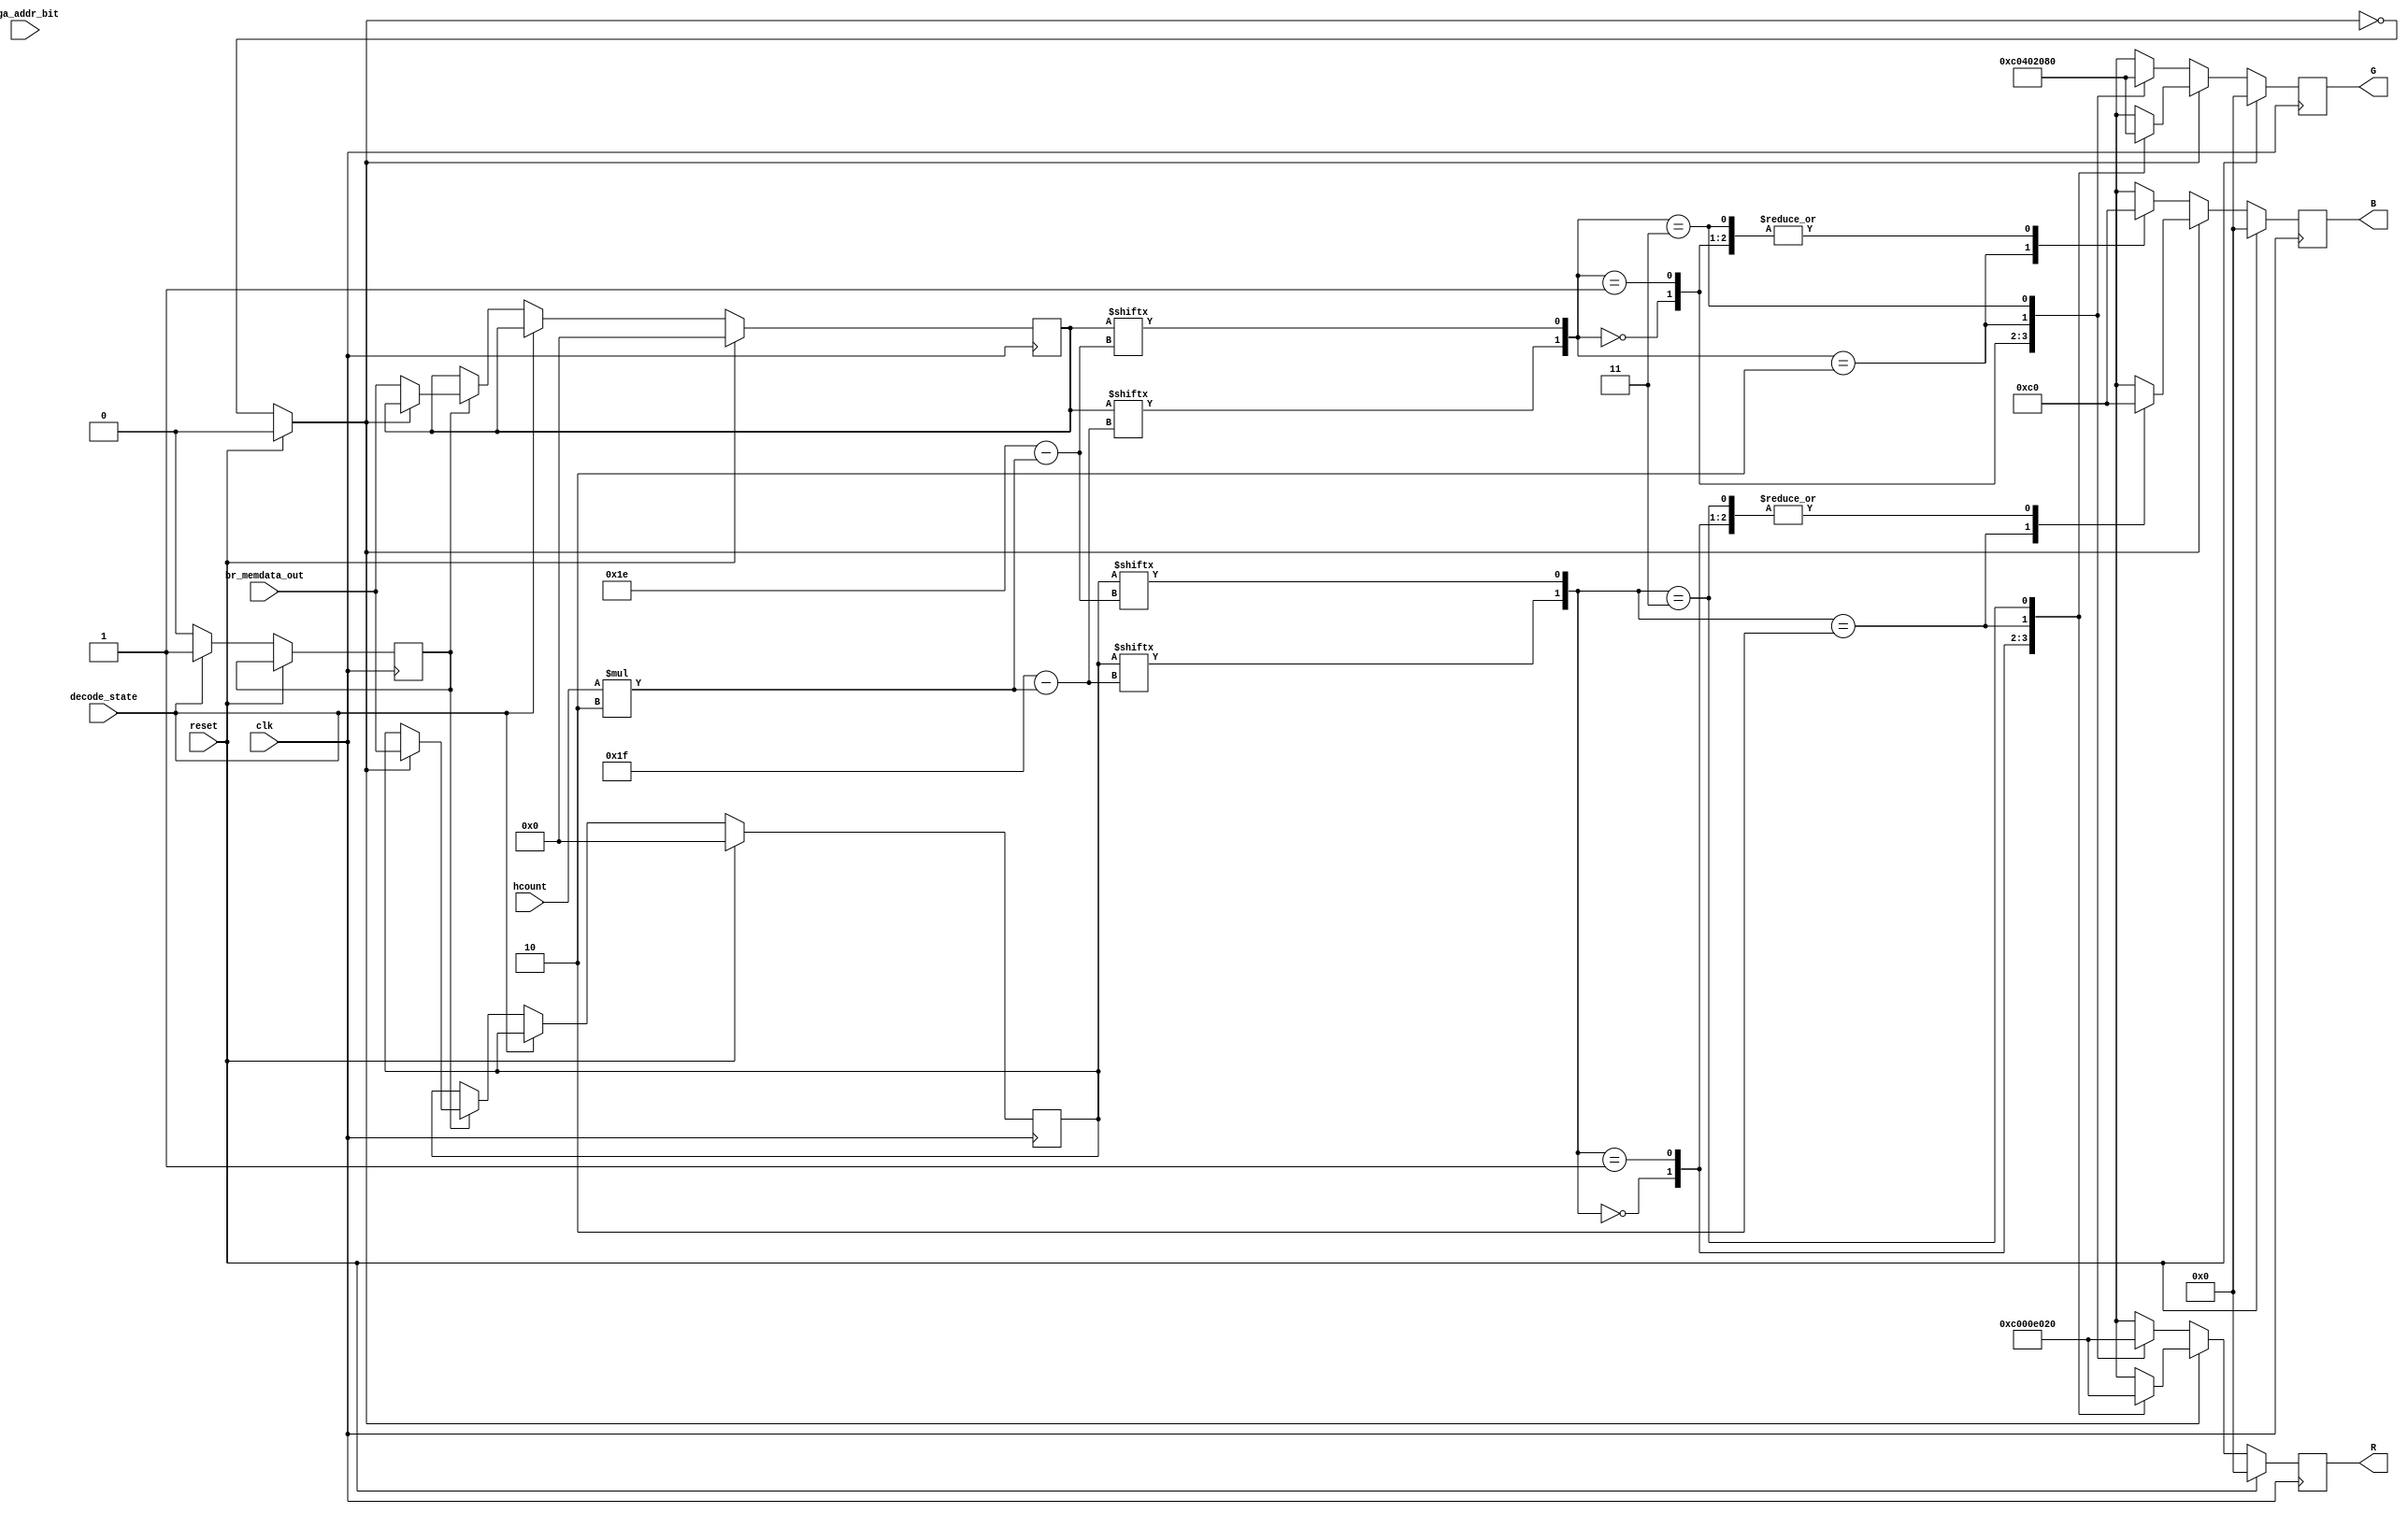
module rgb_decode #(parameter WIDTH = 32)
		(input clk, reset, 
		 input decode_state,
		 input [3:0] hcount,
		 input [WIDTH-1:0] br_memdata_out,
		 input vga_addr_bit,
		 output reg [7:0] R, G, B	
       );

reg [WIDTH-1:0] br_rgb_data_0; //declare buffer registers
reg [WIDTH-1:0] br_rgb_data_1;
reg get_data;
always@(posedge clk)
    if (reset)
        begin
        br_rgb_data_0 <= 0;
		  br_rgb_data_1 <= 0;
        end
    else if (decode_state)
		  get_data <= 1;
	 else if (get_data)
		begin
		get_data <= 0;
        if (buff_num)
            br_rgb_data_0 <= br_memdata_out; //SET UP TO GET ADDRESS FROM AMAN AND SEND TO BLOCK RAM
        else
            br_rgb_data_1 <= br_memdata_out;
		end
		 
reg buff_num;
always@(vga_addr_bit)
	if (reset)
		buff_num <= 0;
	else 
		buff_num <= ~buff_num; ///assign buff_dumb

wire [1:0] data_color_0;
wire [1:0] data_color_1;
assign data_color_0[1] = br_rgb_data_0[31-(hcount*2)]; //could be using reverse addr
assign data_color_0[0] = br_rgb_data_0[30-(hcount*2)]; //if so use: data_color[1] = (hcount*2)and data_color[0] =(hcount*2)+1

assign data_color_1[1] = br_rgb_data_1[31-(hcount*2)]; //could be using reverse addr
assign data_color_1[0] = br_rgb_data_1[30-(hcount*2)]; //if so use: data_color[1] = (hcount*2)and data_color[0] =(hcount*2)+1

		 
always@(posedge clk)
	if(reset)
	begin
		R <= 8'd0;
		G <= 8'd0;
		B <= 8'd0;
	end
	else if(buff_num)
		case(data_color_0)
		2'b00:begin
				R <= {3'b110,5'd0}; //light blue
				G <= {3'b110,5'd0};
				B <= {2'b11, 6'd0};
				end
		2'b01:begin
				R <= {3'b000,5'd0}; //gray
				G <= {3'b010,5'd0};
				B <= {2'b11, 6'd0};
				end
		2'b10:begin
				R <= {3'b111,5'd0}; //red
				G <= {3'b001,5'd0};
				B <= {2'b00, 6'd0};
				end
		2'b11:begin
				R <= {3'b001,5'd0}; //dark blue
				G <= {3'b100,5'd0};
				B <= {2'b11, 6'd0};
				end
	   endcase
  else
  case(data_color_1)
		2'b00:begin
				R <= {3'b110,5'd0}; //light blue
				G <= {3'b110,5'd0}; 
				B <= {2'b11, 6'd0}; 
				end                 
		2'b01:begin               
				R <= {3'b000,5'd0}; //gray
				G <= {3'b010,5'd0}; 
				B <= {2'b11, 6'd0}; 
				end                 
		2'b10:begin               
				R <= {3'b111,5'd0}; //red
				G <= {3'b001,5'd0}; 
				B <= {2'b00, 6'd0}; 
				end                 
		2'b11:begin               
				R <= {3'b001,5'd0}; //dark blue
				G <= {3'b100,5'd0};
				B <= {2'b11, 6'd0};
				end
	   endcase
		

endmodule